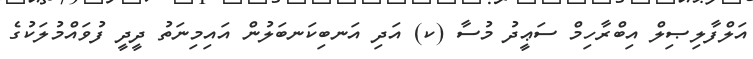
އަލްފާލިޞިލް އިބްރާހިމް ސަޢީދު މުސާ (ކ) އަދި އަނބިކަނބަލުން އައިމިނަތު ދީދީ ފުވައްމުލަކުގެ